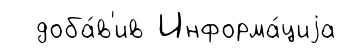
доба́в'ив Информа́циjа